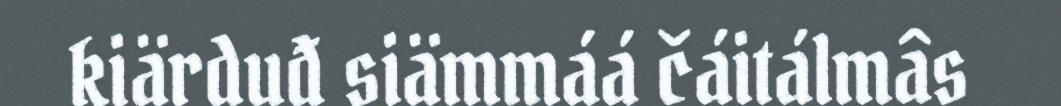
kiärduđ siämmáá čáitálmâs